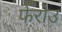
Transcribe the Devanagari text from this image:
फेरोउ